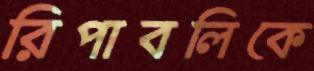
রিপাবলিকে